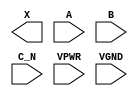
module sky130_fd_sc_hs__or3b (
    X   ,
    A   ,
    B   ,
    C_N ,
    VPWR,
    VGND
);

    output X   ;
    input  A   ;
    input  B   ;
    input  C_N ;
    input  VPWR;
    input  VGND;
endmodule